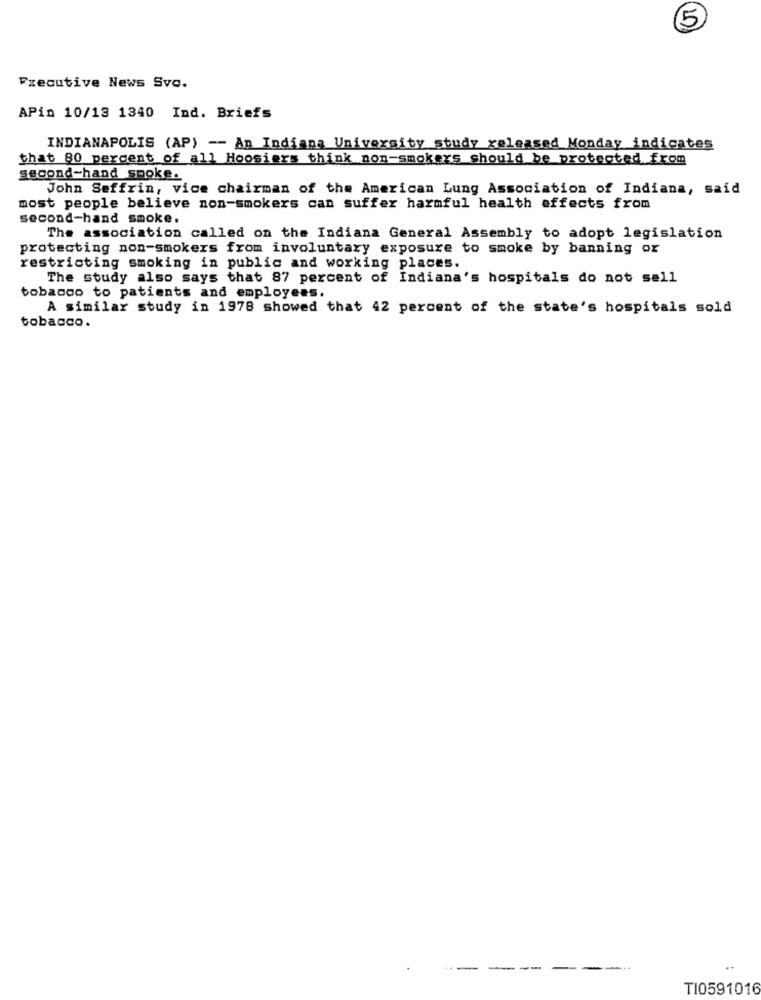
5
Executive News Svo.
APin 10/13 1340 Ind. Briefs
INDIANAPOLIS (AP) -- An Indiana University study released Monday indicates
that 80 percent of all Hoosiers think non-smokers should be protected from
second-hand smoke.
John Seffrin, vice chairman of the American Lung Association of Indiana, said
most people believe non-smokers can suffer harmful health effects from
second-hand smoke.
The association called on the Indiana General Assembly to adopt legislation
protecting non-smokers from involuntary exposure to smoke by banning or
restricting smoking in public and working places.
The study also says that 87 percent of Indiana's hospitals do not sell
tobacco to patients and employees.
A similar study in 1978 showed that 42 percent of the state's hospitals sold
tobacco.
-
---
-
TI0591016